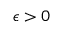
\epsilon > 0